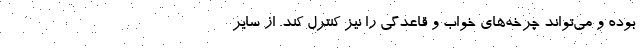
بوده و می‌تواند چرخه‌های خواب و قاعدگی را نیز کنترل کند. از سایر